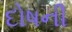
દોષની